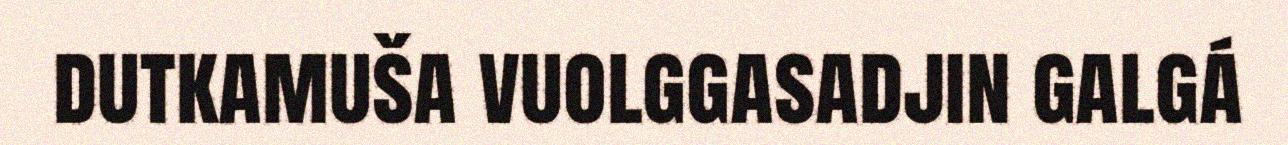
dutkamuša vuolggasadjin galgá